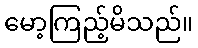
မော့ကြည့်မိသည်။